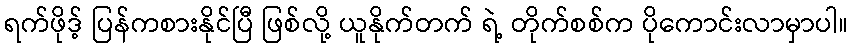
ရက်ဖိုဒ့် ပြန်ကစားနိုင်ပြီ ဖြစ်လို့ ယူနိုက်တက် ရဲ့ တိုက်စစ်က ပိုကောင်းလာမှာပါ။